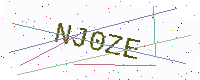
Text: NJ0ZE